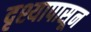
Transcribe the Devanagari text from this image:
दृश्यापासून